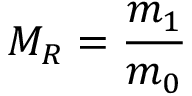
M _ { R } = { \frac { m _ { 1 } } { m _ { 0 } } }